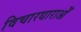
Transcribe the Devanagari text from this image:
विचारधाराओँ